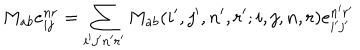
LaTeX: M _ { a b } e _ { i j } ^ { n r } = \sum _ { i ^ { \prime } j ^ { \prime } n ^ { \prime } r ^ { \prime } } M _ { a b } ( i ^ { \prime } , j ^ { \prime } , n ^ { \prime } , r ^ { \prime } ; i , j , n , r ) e _ { i ^ { \prime } j ^ { \prime } } ^ { n ^ { \prime } r ^ { \prime } }